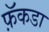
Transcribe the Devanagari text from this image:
फ़ॅकडा